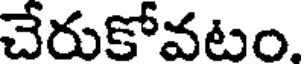
చేరుకోవటం.